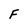
Character: F